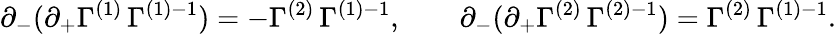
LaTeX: \partial_{-}(\partial_{+}\Gamma^{(1)}\, \Gamma^{(1)-1})=-\Gamma^{(2)}\, \Gamma^{(1)-1},\qquad\partial_{-}(\partial_{+}\Gamma^{(2)}\, \Gamma^{(2)-1})=\Gamma^{(2)}\, \Gamma^{(1)-1}.